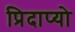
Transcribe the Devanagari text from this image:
प्रिदाप्यो